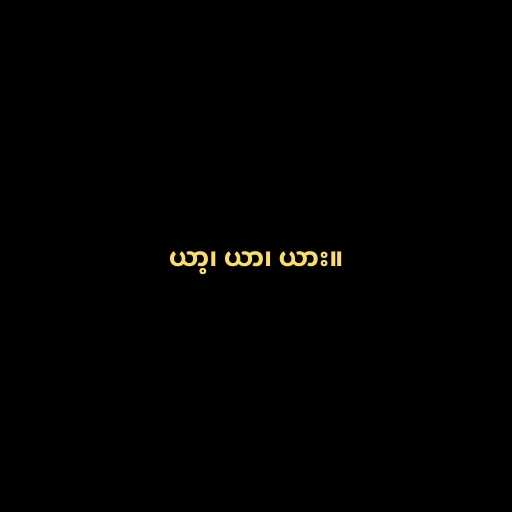
ယာ့၊ ယာ၊ ယား။